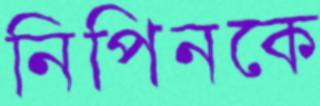
নিপিনকে